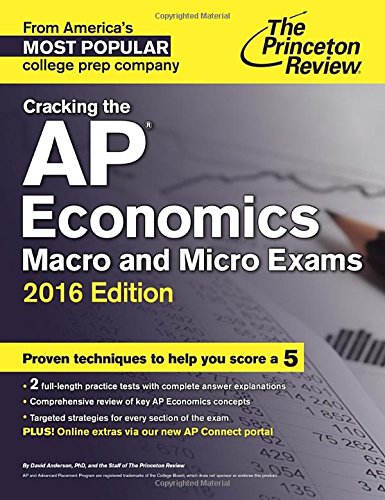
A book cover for Cracking the AP Economics Macro & Micro Exams, 2016 Edition (College Test Preparation); Princeton Review; Test Preparation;